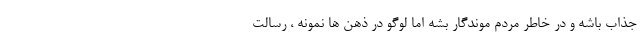
جذاب باشه و در خاطر مردم موندگار بشه اما لوگو در ذهن ها نمونه ، رسالت